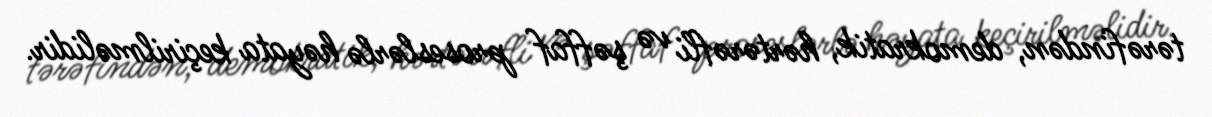
tərəfindən, demokratik, hərtərəfli və şəffaf proseslərlə həyata keçirilməlidir.